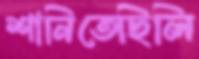
শানিতেছিলি